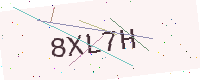
Text: 8XL7H